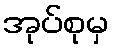
အုပ်စုမှ